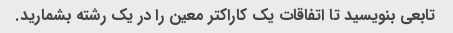
تابعی بنویسید تا اتفاقات یک کاراکتر معین را در یک رشته بشمارید.